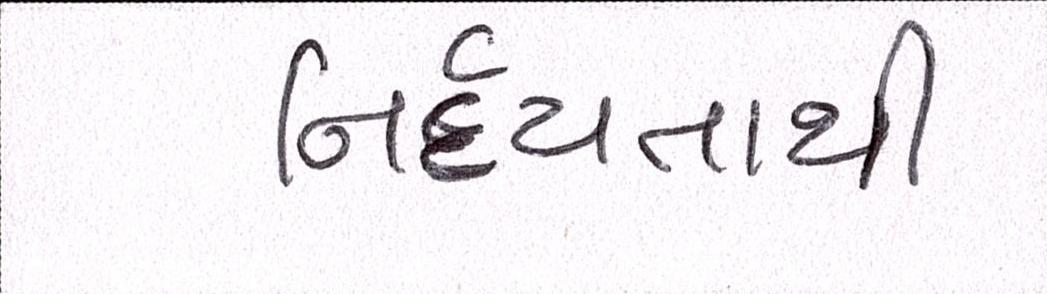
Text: નિર્દયતાથી